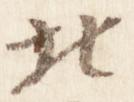
北